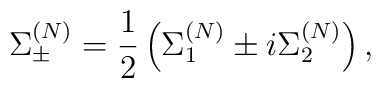
\Sigma^{(N)}_\pm  =  \frac{1}{2} \left( \Sigma^{(N)}_1 \pm  i\Sigma^{(N)}_2 \right),